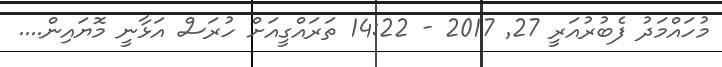
މުހައްމަދު ފެބުރުއަރީ 27